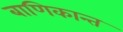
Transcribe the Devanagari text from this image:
बाणिकान्त